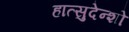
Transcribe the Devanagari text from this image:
हात्सुदेन्शो